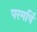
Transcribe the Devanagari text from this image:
परमर्षि